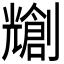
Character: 𫤤